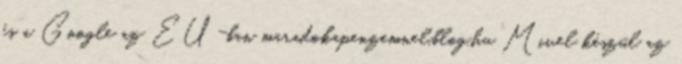
és a Google az EU-ban maradokapenzemnel.blog.hu Mivel készül az